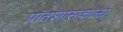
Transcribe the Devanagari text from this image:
प्रांतशासकांना